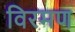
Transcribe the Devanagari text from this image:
विरमण